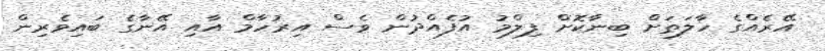
އޭރެއްގެ ހާލަތަށް ބިނާކޮށް ފިލްމު އުފެއްދުން ވެސް އިރުހާމް އާއި އޭނާގެ ބައިވެރިން